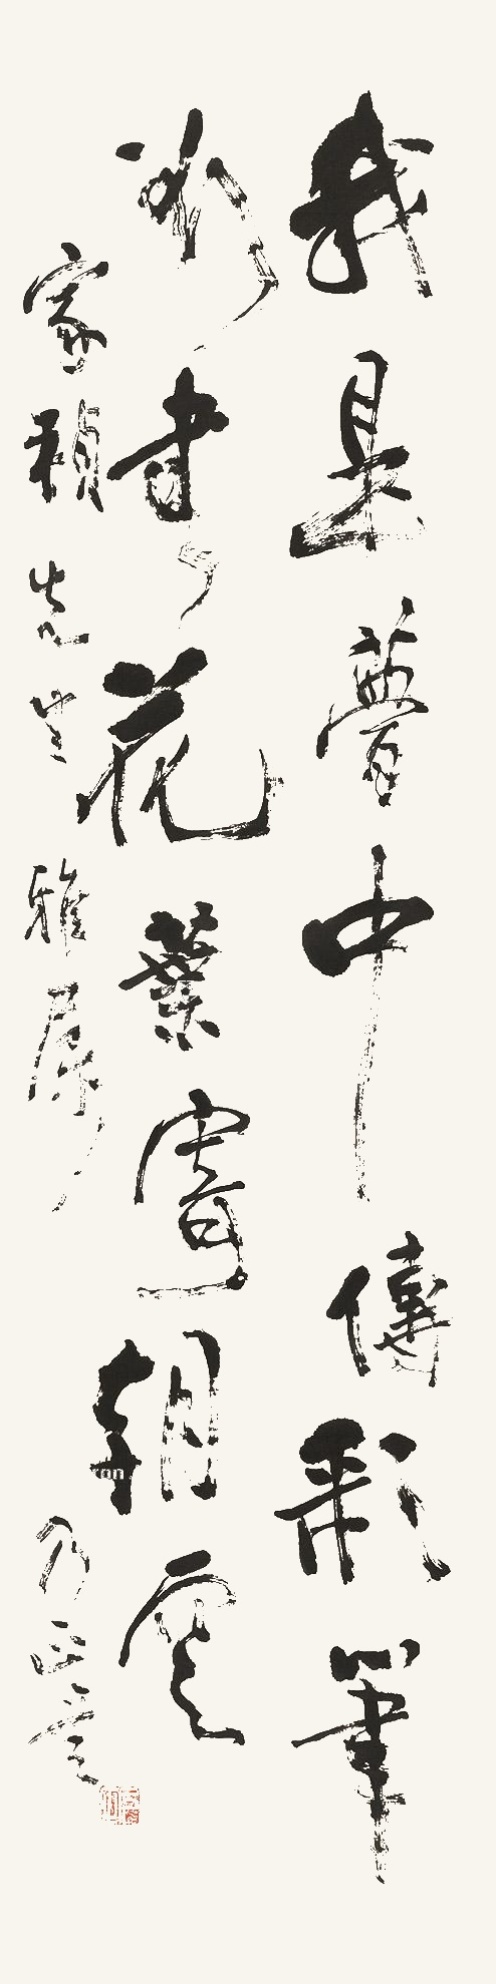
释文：我是梦中传彩笔，欲书花叶寄朝云。家祯先生雅属，乃正书。